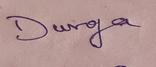
Signature authenticity: genuine